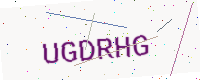
Text: UGDRHG